Report of the Bombay Plague Committee
Disease focus: Plague
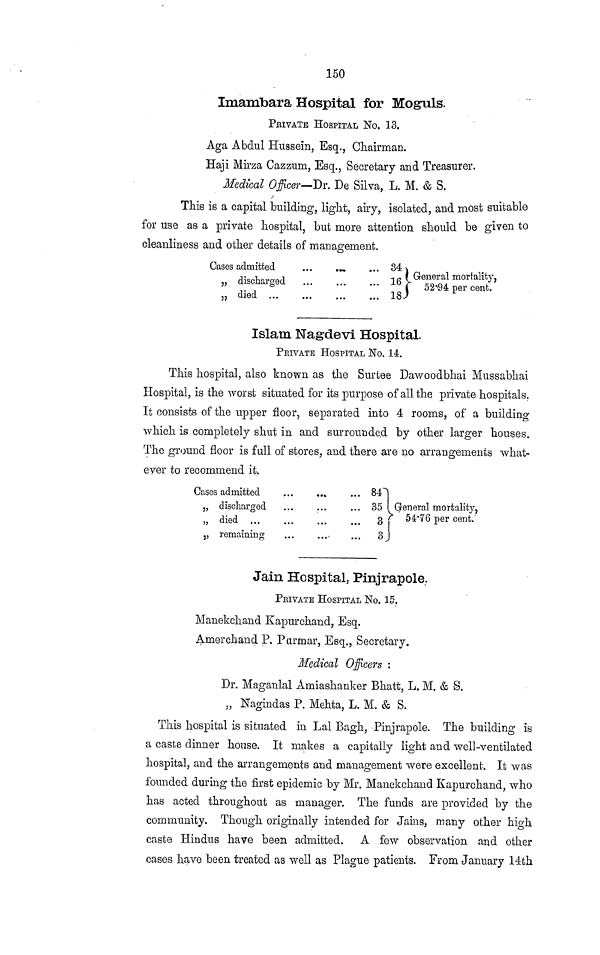
150
Imambara Hospital for Moguls.
PRIVATE HOSPITAL No. 13.
Aga Abdul Hussein, Esq., Chairman.
Haji Mirza Cazzum, Esq., Secretary and Treasurer.
Medical Officer—Dr. De Silva, L. M. & S.
This is a capital building, light, airy, isolated, and most suitable
for use as a private hospital, but more attention should be given to
cleanliness and other details of management.
Cases admitted
,, discharged
,, died ...
...
...
... 34
' General mortality,
52.94
per
cent.
Islam Nagdevi Hospital.
PRIVATE HOSPITAL No. 14.
This hospital, also known as the Surtee Dawoodbhai Mussabhai
Hospital, is the worst situated for its purpose of all the private hospitals.
It consists of the upper floor, separated into 4 rooms, of a building
which is completely shut in and surrounde.d by other larger houses.
The ground floor is full of stores, and there are no arrangements what-
ever to recommend it.
Cases admitted
„ discharged
„ died ...
3, remaining
...
...
...
....
...
..
...
84
...
35
...
3
.
3
General mortality,
" 54'76 per cent.'
Jain Hospital, Pinjrapole.
PEIVATE HOSPITAL No. 15.
Manekchand Kapurchand, Esq.
Amerchand P. P armar, Esq., Secretary.
Medical Officers :
Dr. Maganlal Amiashanker Bhatt, L. M. & S.
„ Nagindas P. Mehta, L. M. & S.
This hospital is situated in Lai Bagh, Pinjrapole. The building is
a caste dinner house. It makes a capitally light and well-ventilated
hospital, and the arrangements and management were excellent. It was
founded during the first epidemic by Mr. Manekchand Kapurchand, who
has acted throughout as manager. The funds are provided by the
community. Though originally intended for Jains, many other high
caste Hindus have been admitted. A few observation and other
cases have been treated as well as Plague patients. From January 14th